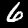
Digit: 6